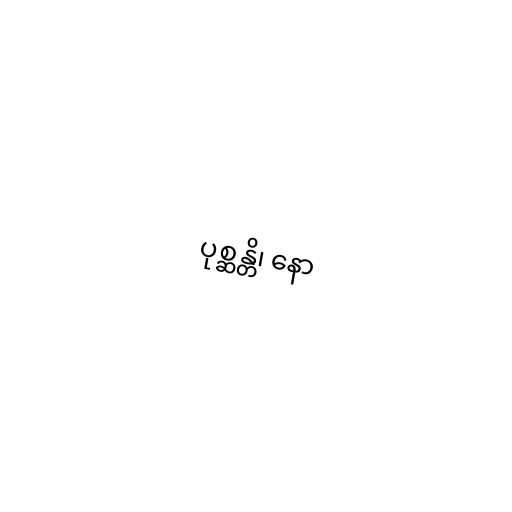
ပုစ္ဆန္တိ၊ နော